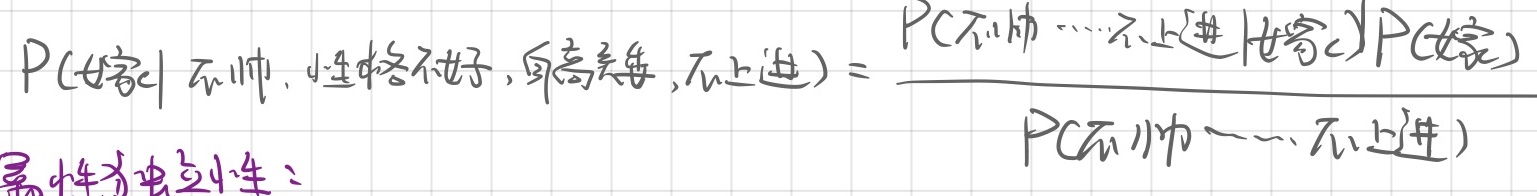
\[P(\text{嫁}|\text{不帅},\text{性格不好},\text{身高矮},\text{不上进}) = \frac{P(\text{不帅},\cdots,\text{不上进},\text{嫁})P(\text{嫁})}{P(\text{不帅},\cdots,\text{不上进})}\]
属性独立性：